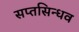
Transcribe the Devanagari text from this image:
सप्तसिन्धव